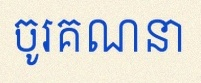
ចូរគណនា